Lunatic asylums Central Provinces reports 1910-1926 - 1910-1926
Year: 1910
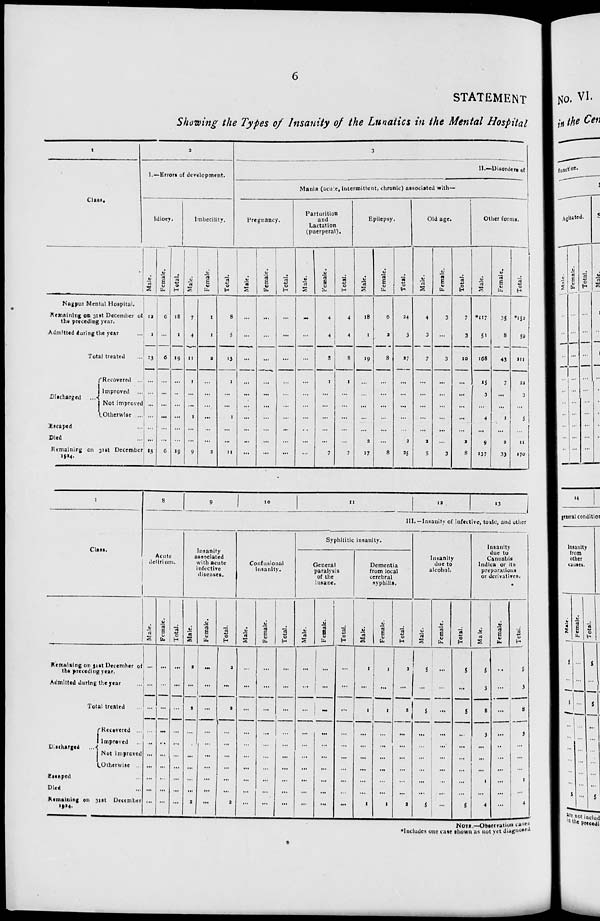
6
STATEMENT
Showing the Types of Insanity of the Lunatics in the Mental Hospital
1
Class.
Nagpur Mental Hospital.
Remaining on 31st December of
the preceding year.
Admitted during the year ...
Total treated ...
Discharged
Recovered ...
Improved ...
Not improved
Otherwise ...
Escaped ...
Died ...
Remaining on 31st December
1924.
2
I.—Errors of development.
Idiocy.
Male.
12
1
13
...
...
...
...
...
...
13
Female.
6
...
6
...
...
...
...
...
...
6
Total.
18
1
19
...
...
...
...
...
...
19
Imbecility.
Male.
7
4
11
1
...
...
1
...
...
9
Female.
1
1
2
...
...
...
...
...
...
2
Total.
8
5
13
1
...
...
1
...
...
11
3
II.—Disorders of
Mania (acute, intermittent, chronic) associated with—
Pregnancy.
Male.
...
...
...
...
...
...
...
...
...
...
Female.
...
...
...
...
...
...
...
...
...
...
Total.
...
...
...
...
...
...
...
...
...
...
Parturition
and
Lactation
(puerperal).
Male.
...
...
...
...
...
...
...
...
...
...
Female.
4
4
8
1
...
...
...
...
...
7
Total.
4
4
8
1
...
...
...
...
...
7
Epilepsy.
Male.
18
1
19
...
...
...
...
...
2
17
Female.
6
2
8
...
...
...
...
...
...
8
Total.
24
3
27
...
...
...
...
...
2
25
Old age.
Male.
4
3
7
...
...
...
...
...
2
5
Female.
3
...
3
...
...
...
...
...
...
3
Total.
7
3
10
...
...
...
...
...
2
8
Other forms.
Male.
*117
51
168
15
3
...
4
...
9
137
Female.
35
8
43
7
...
...
1
...
2
33
Total.
*152
59
211
22
3
...
5
...
11
170
1
Class.
Remaining on 31st December of
the preceding year.
Admitted during the year ...
Total treated ...
Discharged
...
Recovered ...
Improved ...
Not improved
Otherwise ...
Escaped ...
Died ...
Remaining on 31st December
1924.
8
9
10
11
12
13
III.—Insanity of infective, toxic, and other
Acute
delirium.
Male.
...
...
...
...
...
...
...
...
...
...
Female.
...
...
...
...
...
...
...
...
...
...
Total.
...
...
...
...
...
...
...
...
...
...
Insanity
associated
with acute
infective
diseases.
Male.
2
...
2
...
...
...
...
...
...
2
Female.
...
...
...
...
...
...
...
...
...
...
Total.
2
...
2
...
...
...
...
...
...
2
Confusional
insanity.
Male.
...
...
...
...
...
...
...
...
...
...
Female.
...
...
...
...
...
...
...
...
...
...
Total.
...
...
...
...
...
...
...
...
...
...
Syphilitic insanity.
General
paralysis
of the
insane.
Male.
...
...
...
...
...
...
...
...
...
...
Female.
...
...
...
...
...
...
...
...
...
...
Total.
...
...
...
...
...
...
...
...
...
...
Dementia
from local
cerebral
syphilis.
Male.
1
...
1
...
...
...
...
...
...
1
Female.
1
...
1
...
...
...
...
...
...
1
Total.
2
...
2
...
...
...
...
...
...
2
Insanity
due to
alcohol.
Male.
5
...
5
...
...
...
...
...
...
5
Female.
...
...
...
...
...
...
...
...
...
...
Total.
5
...
5
...
...
...
...
...
...
5
Insanity
due to
Cannabis
Indica or its
preparations
or derivatives.
Male.
5
3
8
3
...
...
...
1
...
4
Female.
...
...
...
...
...
...
...
...
...
...
Total.
5
3
8
3
...
...
...
1
...
4
NOTE.—Observation cases
*Includes one case shown as not yet diagnosed